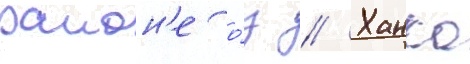
раион'е о́з // Ханка